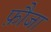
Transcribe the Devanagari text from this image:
फ़ौजा